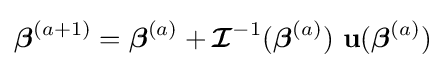
{\boldsymbol {\beta }}^{(a+1)}={\boldsymbol {\beta }}^{(a)}+{\boldsymbol {\mathcal {I}}}^{-1}({\boldsymbol {\beta }}^{(a)})\,\,\mathbf {u} ({\boldsymbol {\beta }}^{(a)})